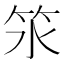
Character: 𥫸